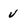
Character: V